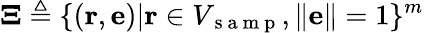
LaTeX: \mathbf{\Xi}\triangleq\{ (\mathbf{r},\mathbf{e})|\mathbf{r}\in V_{\mathrm{~s~a~m~p~}},\| \mathbf{e}\| =1\} ^{m}